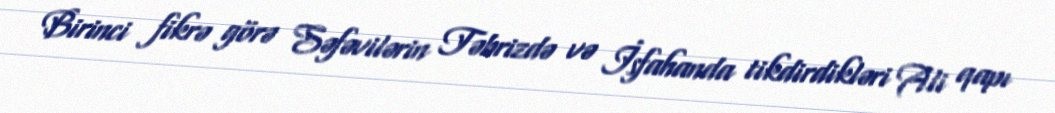
Birinci fikrə görə Səfəvilərin Təbrizdə və İsfahanda tikdirdikləri Ali qapı